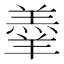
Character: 𮊱